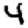
Digit: 4